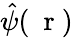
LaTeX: \hat{\psi}(\mathrm{~\mathbf~r~})